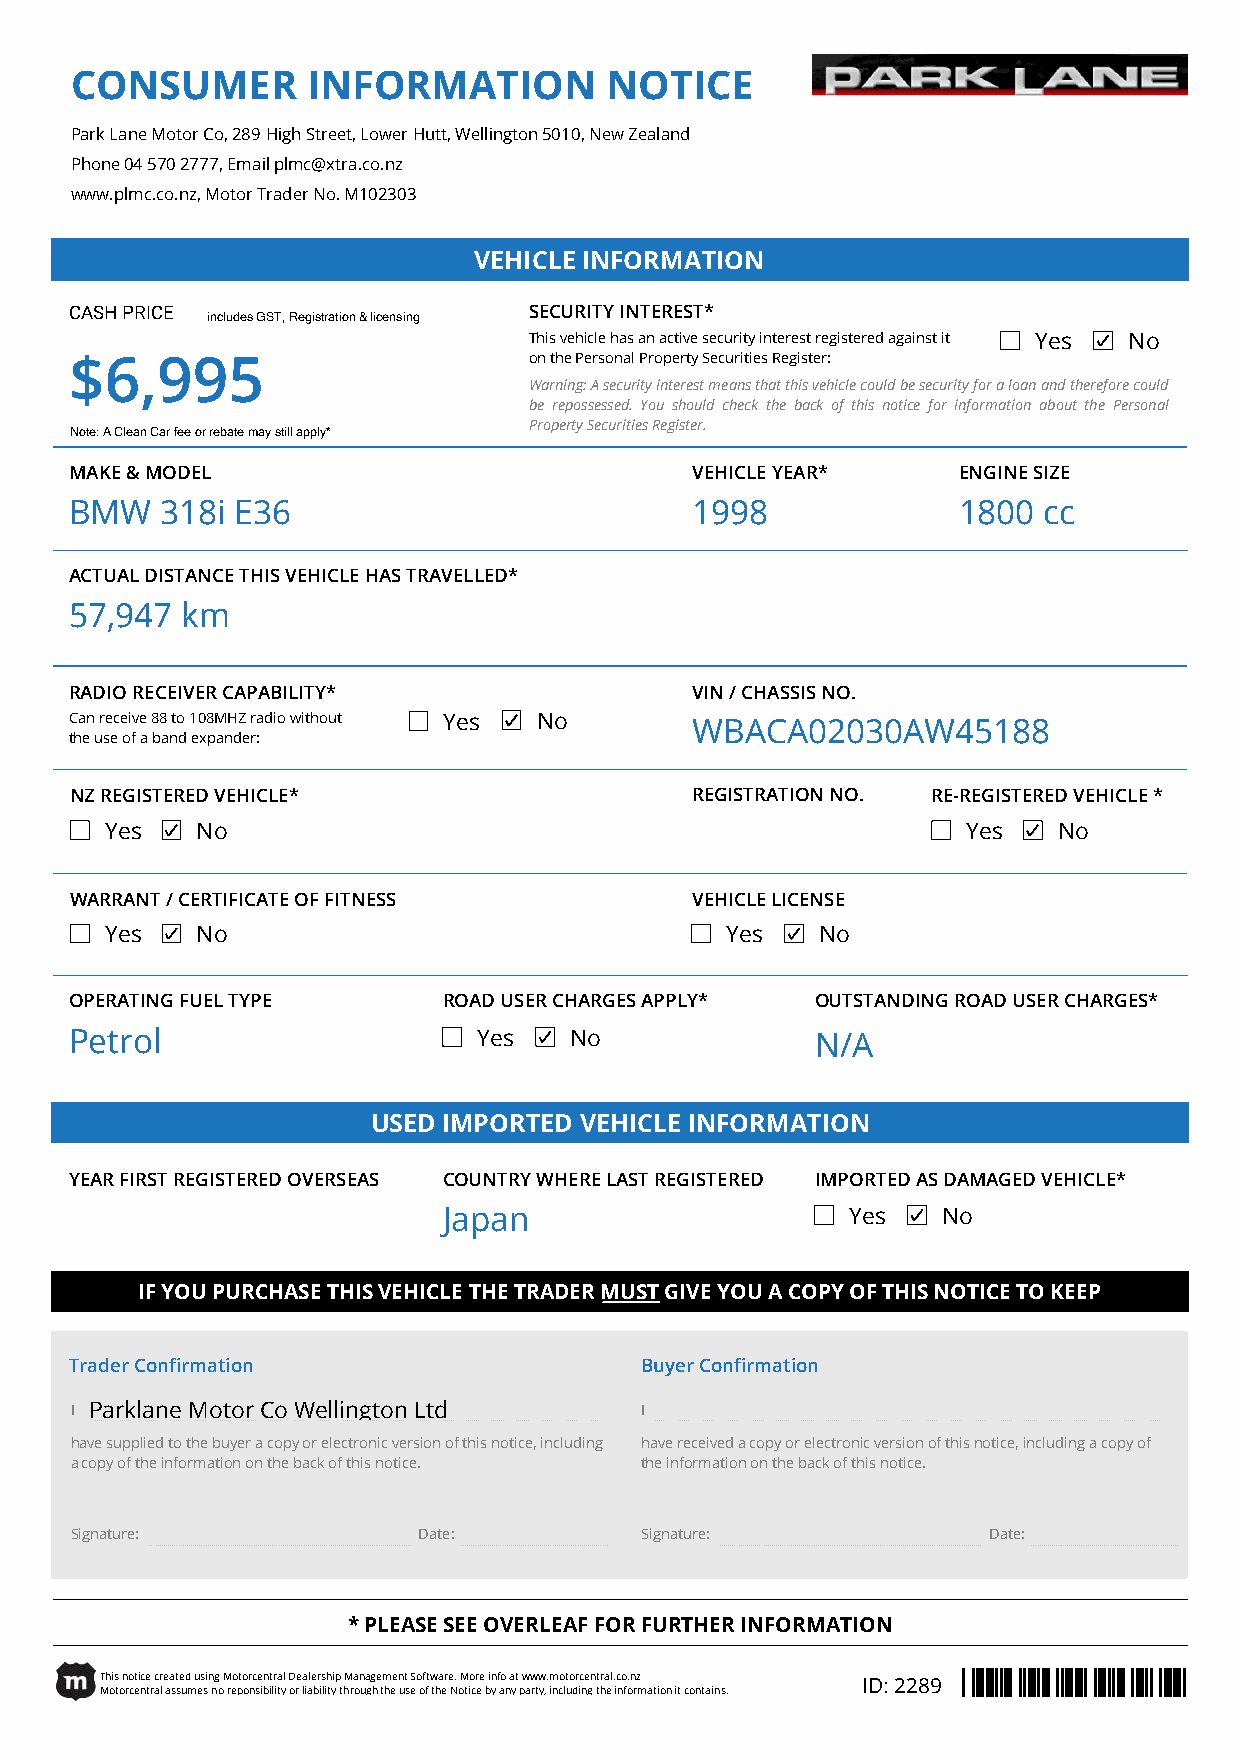
CONSUMER       INFORMATION         NOTICE
 Park Lane Motor Co, 289 High Street, Lower Hutt, Wellington 5010, New Zealand
 Phone 04 570 2777, Email plmc@xtra.co.nz
 www.plmc.co.nz, Motor Trader No. M102303
 VEHICLE INFORMATION
 CASH PRICE                    SECURITY INTEREST*
 includes GST, Registration & licensing
 This vehicle has an active security interest registered against it Yes No
 $6,995                        on the Personal Property Securities Register:
 Warning:Asecurityinterestmeansthatthisvehiclecouldbesecurityforaloanandthereforecould
 be repossessed. You should check the back of this notice for information about the Personal
 Property Securities Register.
 Note: A Clean Car fee or rebate may still apply*
 MAKE & MODEL                             VEHICLE YEAR*    ENGINE SIZE
 BMW   318i E36                           1998             1800  cc
 ACTUAL DISTANCE THIS VEHICLE HAS TRAVELLED*
 57,947 km
 RADIO RECEIVER CAPABILITY*               VIN / CHASSIS NO.
 Can receive 88 to 108MHZ radio without Yes No WBACA02030AW45188
 the use of a band expander:
 NZ REGISTERED VEHICLE*                   REGISTRATION NO. RE-REGISTERED VEHICLE *
 Yes   No                                                 Yes   No
 WARRANT / CERTIFICATE OF FITNESS         VEHICLE LICENSE
 Yes   No                                 Yes   No
 OPERATING FUEL TYPE     ROAD USER CHARGES APPLY* OUTSTANDING ROAD USER CHARGES*
 Petrol                     Yes   No              N/A
 USED IMPORTED VEHICLE INFORMATION
 YEAR FIRST REGISTERED OVERSEAS COUNTRY WHERE LAST REGISTERED IMPORTED AS DAMAGED VEHICLE*
 Japan                      Yes   No
 IF YOU PURCHASE THIS VEHICLE THE TRADER MUST GIVE YOU A COPY OF THIS NOTICE TO KEEP
 Trader Confirmation                  Buyer Confirmation
 I Parklane Motor Co Wellington Ltd   I
 have supplied to the buyer a copy or electronic version of this notice, including have received a copy or electronic version of this notice, including a copy of
 a copy of the information on the back of this notice. the information on the back of this notice.
 Signature:             Date:         Signature:             Date:
 * PLEASE SEE OVERLEAF FOR FURTHER INFORMATION
 This notice created using Motorcentral Dealership Management Software. More info at www.motorcentral.co.nz ID: 2289
 Motorcentral assumes no reponsibility or liability through the use of the Notice by any party, including the information it contains.